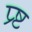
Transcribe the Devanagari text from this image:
प्र्ष्ट